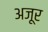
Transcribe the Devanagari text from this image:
अजूर